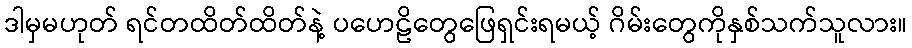
ဒါမှမဟုတ် ရင်တထိတ်ထိတ်နဲ့ ပဟေဠိတွေဖြေရှင်းရမယ့် ဂိမ်းတွေကိုနှစ်သက်သူလား။